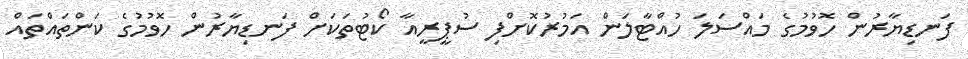
ފަނޑިޔާރުން ހޮވުމުގެ މައްސަލަ ހުއްޓާލަން އަމުރުކޮށްފި ސުޕީރީއާ ކޯޓުތަކަށް ފަނޑިޔާރުން ހޮވުމުގެ ކަންތައްތައް